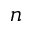
n